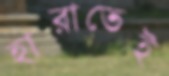
হারাতেই